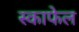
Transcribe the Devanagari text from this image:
स्काफेल